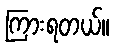
ကြားရတယ်။